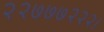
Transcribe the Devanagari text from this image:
२२७७७२२२।